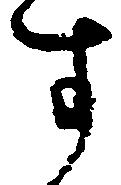
す